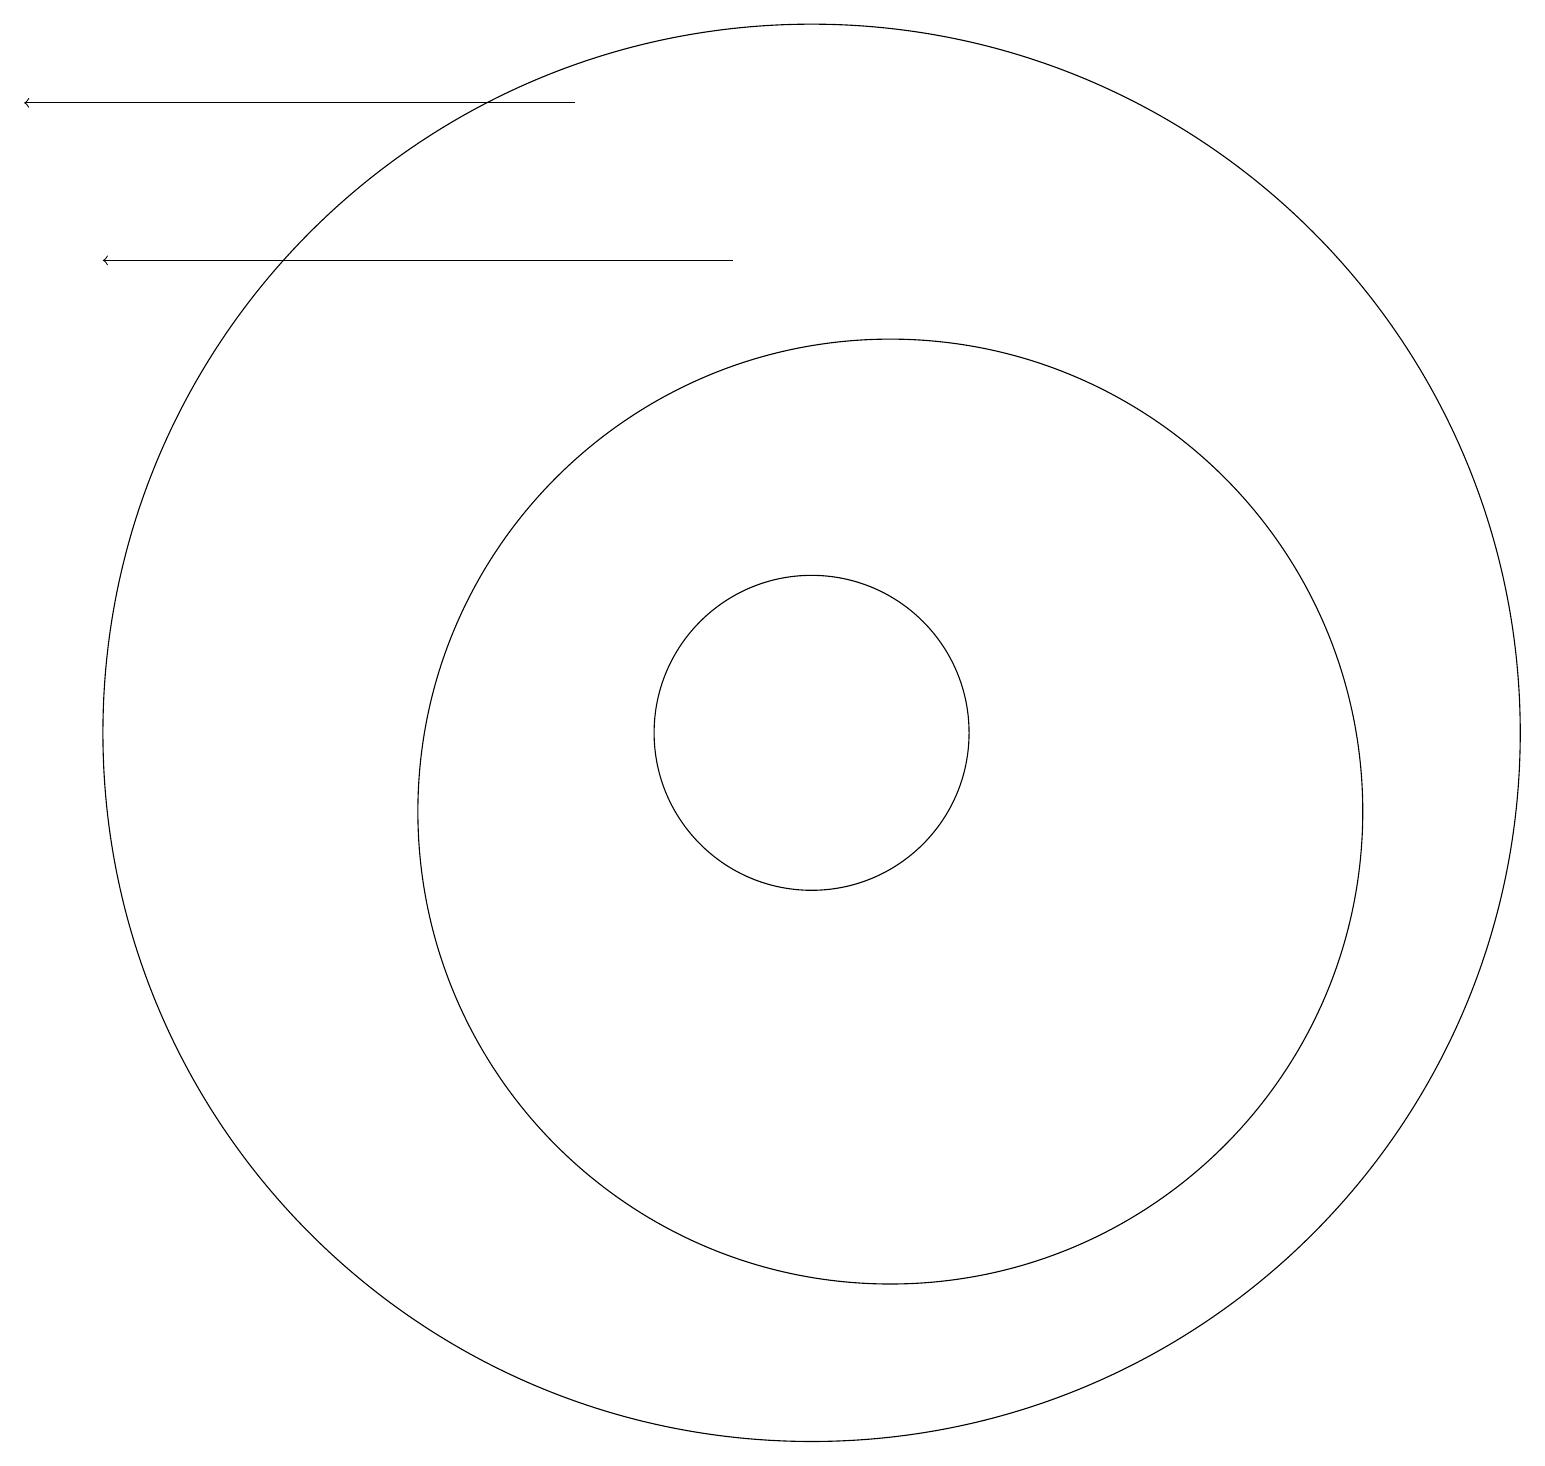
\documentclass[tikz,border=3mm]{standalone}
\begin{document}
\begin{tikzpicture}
\draw (10,11) circle (9);
\draw (10,11) circle (2);
\draw[->] (7,19) -- (0,19);
\draw (11,10) circle (6);
\draw[->] (9,17) -- (1,17);
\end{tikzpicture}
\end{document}